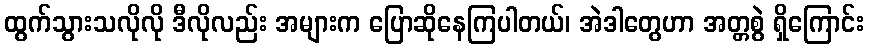
ထွက်သွားသလိုလို ဒီလိုလည်း အများက ပြောဆိုနေကြပါတယ်၊ အဲဒါတွေဟာ အတ္တစွဲ ရှိကြောင်း